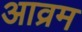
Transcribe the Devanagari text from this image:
आव्रम